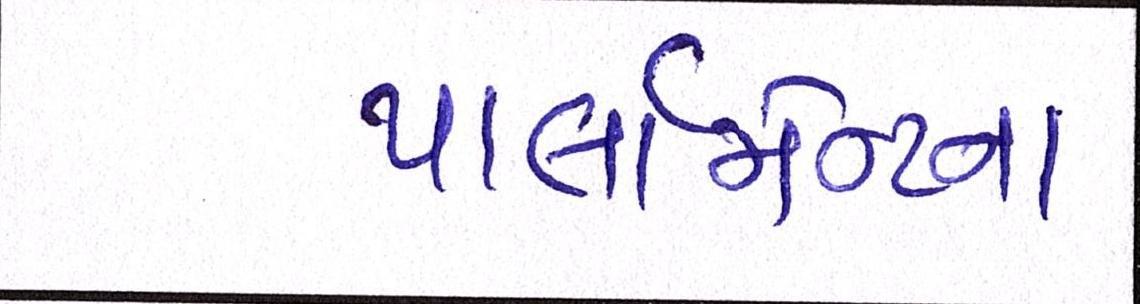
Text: પાર્લામેન્ટના